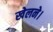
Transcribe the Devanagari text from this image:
खेलने।